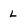
Character: L